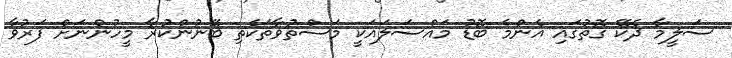
ސަލީމާ ދެކޭ ގޮތުގައި އެންމެ ބޮޑު މައްސަލައަކީ މަސްތުވާތަކެތި ބޭނުންކުރާ މީހުންނަށް ފަރުވާ